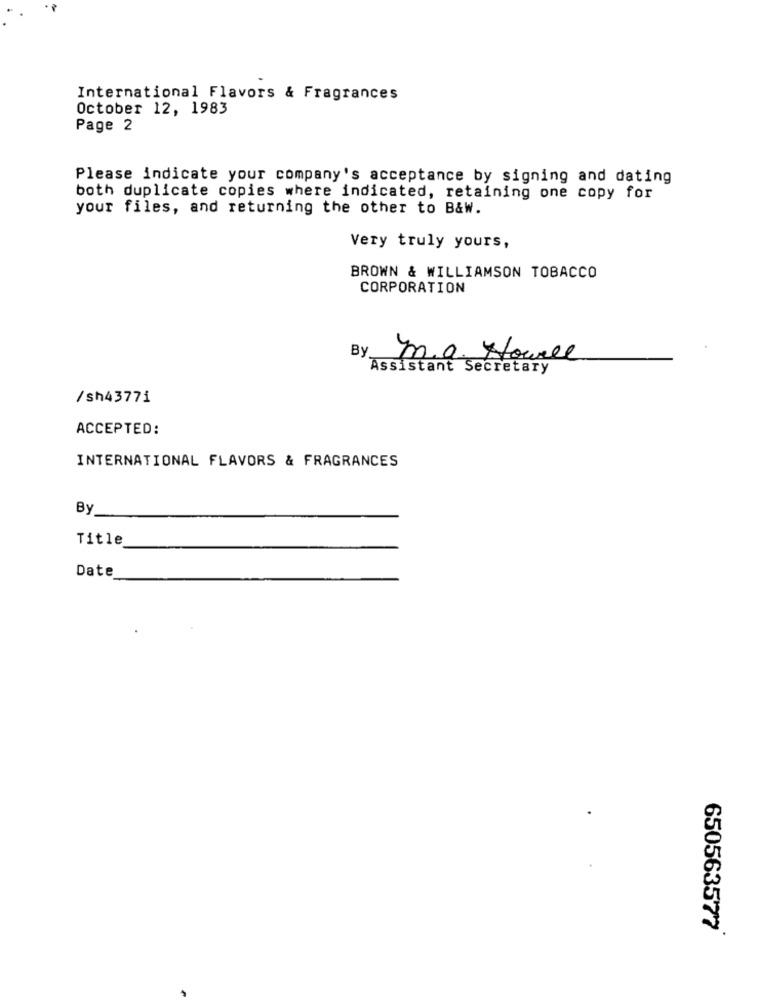
International Flavors & Fragrances
October 12, 1983
Page 2
Please indicate your company's acceptance by signing and dating
both duplicate copies where indicated, retaining one copy for
your files, and returning the other to B&w.
Very truly yours,
BROWN & WILLIAMSON TOBACCO
CORPORATION
By
m.a. Hourel
Assistant Secretary
/sh43771
ACCEPTED:
INTERNATIONAL FLAVORS & FRAGRANCES
By
Title
Date
650563577